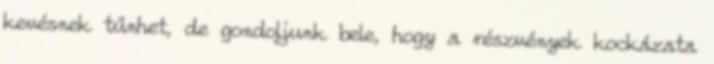
kevésnek tűnhet, de gondoljunk bele, hogy a részvények kockázata